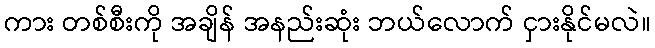
ကား တစ်စီးကို အချိန် အနည်းဆုံး ဘယ်လောက် ငှားနိုင်မလဲ။